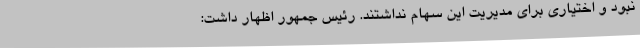
نبود و اختیاری برای مدیریت این سهام نداشتند. رئیس جمهور اظهار داشت: